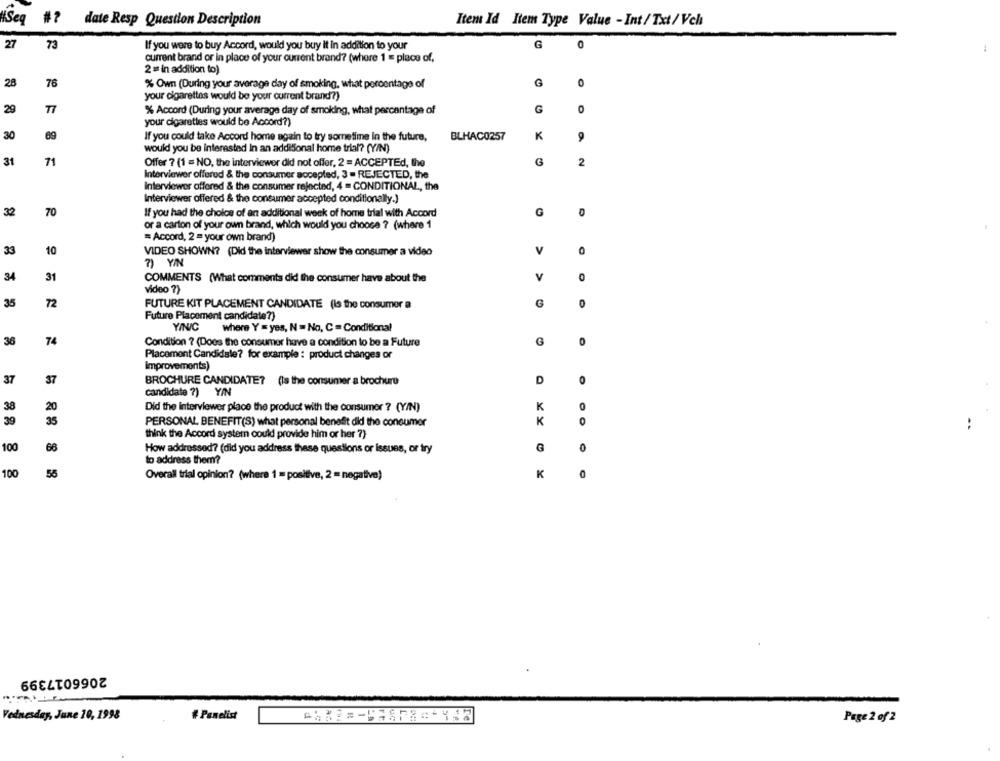
„Šeq
#?
date Resp Question Description
Item Id Item Type Value - Int / Txt/Vch
27
73
If you were to buy Accord, would you buy it in addition to your
G
current brand or in place of your current brand? (where 1 = place of,
2 = in addition to)
28
76
% Own (During your average day of smoking, what percentage of
0
your cigarettes would be your current brand?)
29
% Accord (During your average day of smoking, what percentage of
G
0
your cigarettes would be Accord?)
30
69
If you could take Accord home again to try sometime In the future,
BLHAC0257
K
9
would you be interested In an additional home trial? (Y/N)
31
71
Offer ? (1 = NO, the interviewer did not offer, 2 = ACCEPTEd, the
2
Interviewer offered & the consumer accepted, 3 = REJECTED, the
Interviewer offered & the consumer rejected, 4 = CONDITIONAL, the
Interviewer offered & the consumer accepted conditionally.)
32
70
If you had the choice of an additional week of home trial with Accord
G
0
or a carton of your own brand, which would you choose ? (where 1
= Accord, 2 = your own brand)
33
10
VIDEO SHOWN? (Did the interviewer show the consumer a video
V
7) Y/N
V
34
31
COMMENTS (What comments did the consumer have about the
0
Video ?)
35
72
FUTURE KIT PLACEMENT CANDIDATE (Is the consumer a
G
0
Future Placement candidate?)
Y/N/C
where Y = yes, N = No, C = Conditional
36
74
Condition ? (Does the consumer have a condition to be a Future
G
0
Placement Candidale? for example : product changes or
Improvements)
37
37
D
BROCHURE CANDIDATE? (Is the consumer a brochure
0
Candidate ?) Y/N
38
20
Did the interviewer place the product with the consumer ? (Y/N)
K
0
39
PERSONAL BENEFIT(S) what personal benefit did the consumer
K
0
..
think the Accord systern could provide him or her ?)
100
66
How addressed? (did you address these questions or issues, or try
G
to address them?
56
100
Overall trial opinion? (where 1 = positive, 2 = negative)
K
0
2066017399
Vednesday, June 10, 1998
# Panelist
Page 2 of 2